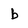
Character: b